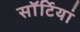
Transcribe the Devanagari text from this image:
साॅर्टियां